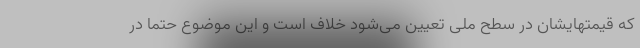
که قیمتهایشان در سطح ملی تعیین می‌شود خلاف است و این موضوع حتما در